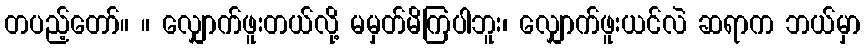
တပည့်တော်။ ။ လျှောက်ဖူးတယ်လို့ မမှတ်မိကြပါဘူး၊ လျှောက်ဖူးယင်လဲ ဆရာက ဘယ်မှာ